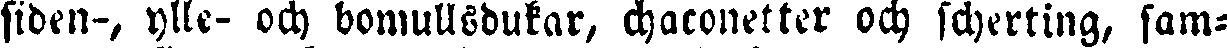
siden-, ylle- och bomullsdukar, chaconetter och scherting, sam-